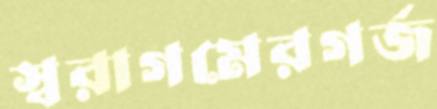
স্বরাগমেরগর্জ